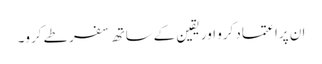
ان پراعتماد کرو اور یقین کےساتھ سفر طے کرو۔